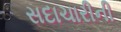
સદાચારીની